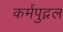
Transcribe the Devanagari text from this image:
कर्मपुद्गल